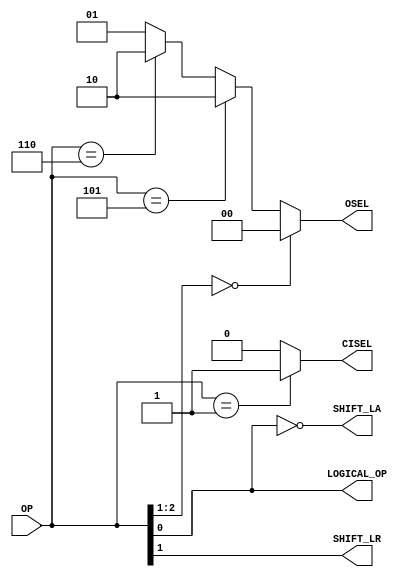
module control(OP, CISEL, OSEL, SHIFT_LA, SHIFT_LR, LOGICAL_OP); // add other inputs and outputs here

  // inputs (add others here)
  input  [2:0]  OP;
  
  // outputs (add others here)
  output        CISEL;
  output [1:0]  OSEL;
  output        SHIFT_LA;
  output        SHIFT_LR;
  output        LOGICAL_OP;

  // reg and internal variable definitions
  
  
  // implement module here (add other control signals below)
  assign CISEL = (OP == 3'b001) ? 1'b1 : 1'b0;
  assign OSEL = (OP[2:1] == 2'b00) ? 2'b00 : ((OP == 3'b101) ? 2'b10 : ((OP == 3'b110) ? 2'b10 : 2'b01));
  assign SHIFT_LA = ~OP[0];
  assign SHIFT_LR = OP[1];
  assign LOGICAL_OP = OP[0];
  
endmodule